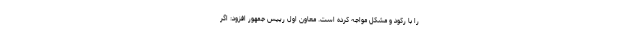
را با رکود و مشکل مواجه کرده است. معاون اول رییس جمهور افزود: اگر